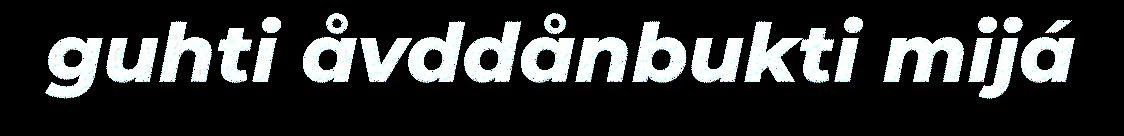
guhti åvddånbukti mijá